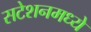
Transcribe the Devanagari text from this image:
सटेशनमध्ये